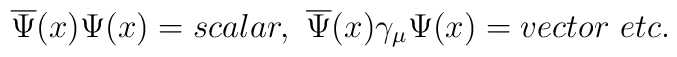
\overline{\Psi }(x)\Psi (x)=scalar,\,\,\overline{\Psi }(x)\gamma _{\mu }\Psi(x)=vector\,\,etc.